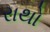
રાથો